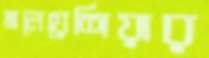
মালেয়েশিয়ার